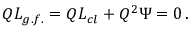
Q { \cal L } _ { g . f . } = Q { \cal L } _ { c l } + Q ^ { 2 } \Psi = 0 \, .